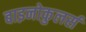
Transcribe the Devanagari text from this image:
बाइनोकुलर्स